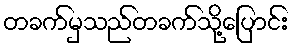
တခက်မှသည်တခက်သို့ပြောင်း